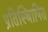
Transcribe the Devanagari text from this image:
प्रतिस्थिापित